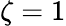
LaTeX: \zeta=1